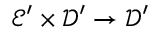
{ \mathcal { E } } ^ { \prime } \times { \mathcal { D } } ^ { \prime } \to { \mathcal { D } } ^ { \prime }